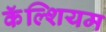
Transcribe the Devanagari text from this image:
कॅॅल्शियम